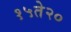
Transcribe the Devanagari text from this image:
१५ते२०